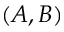
( A , B )